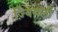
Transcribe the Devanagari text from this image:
ज़्विंगली